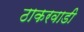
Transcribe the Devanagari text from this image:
ठाकरवाडी